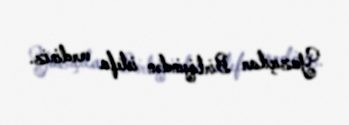
Yazıçılar Birliyindən istefa verdiniz.